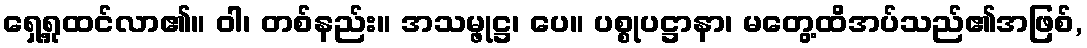
ရှေ့ရှုထင်လာ၏။ ဝါ၊ တစ်နည်း။ အသမ္ဖုဋ္ဌ၊ ပေ။ ပစ္စုပဋ္ဌာနာ၊ မတွေ့ထိအပ်သည်၏အဖြစ်,